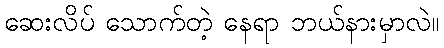
ဆေးလိပ် သောက်တဲ့ နေရာ ဘယ်နားမှာလဲ။